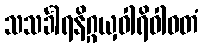
သသင်္ခါရနိဂ္ဂယှဝါရိဝါဝတံ